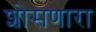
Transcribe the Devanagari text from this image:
शोसणारा